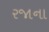
રજાના